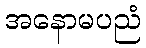
အနောမပညံ